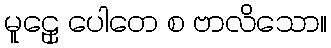
မူဠှေ ပေါတေ စ ဗာလိသော။